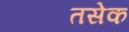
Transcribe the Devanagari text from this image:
तसेक